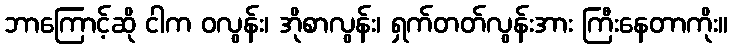
ဘာကြောင့်ဆို ငါက ဝလွန်း၊ အိုစာလွန်း၊ ရှက်တတ်လွန်းအား ကြီးနေတာကိုး။